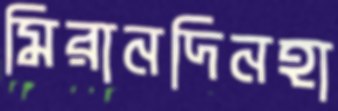
মিরানদিনহা